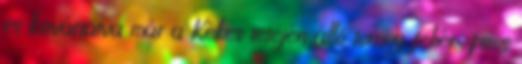
és kisvártatva már a Kékes tetején álló torony fehér-piros